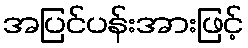
အပြင်ပန်းအားဖြင့်